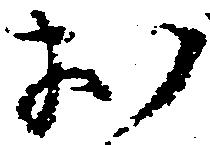
お